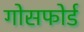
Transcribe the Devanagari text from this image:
गोसफोर्ड